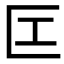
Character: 匞